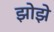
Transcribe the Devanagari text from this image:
झोझे